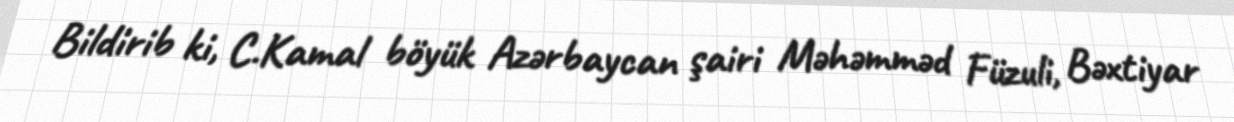
Bildirib ki, C.Kamal böyük Azərbaycan şairi Məhəmməd Füzuli, Bəxtiyar